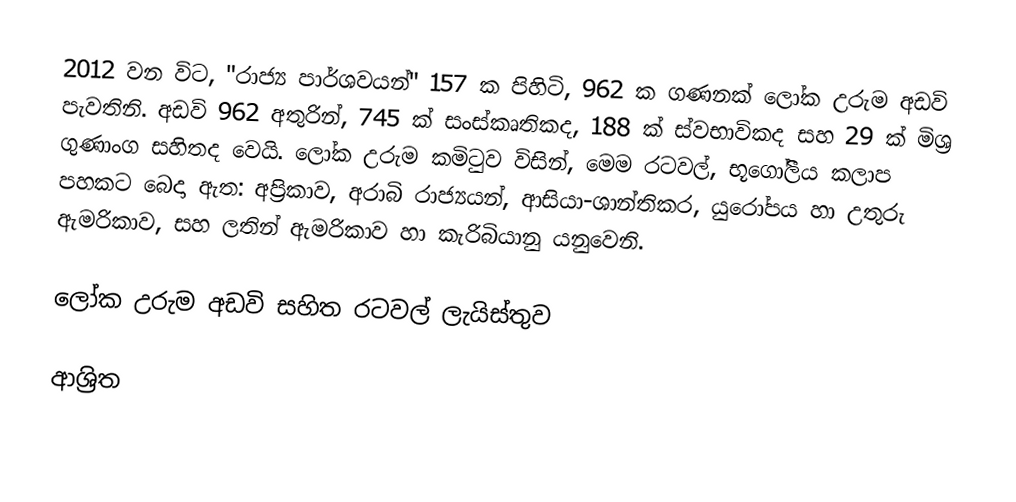
2012 වන විට, "රාජ්‍ය පාර්ශවයන්"  157 ක පිහිටි, 962 ක ගණනක් ලෝක උරුම අඩවි පැවතිනි.  අඩවි 962 අතුරින්, 745 ක් සංස්කෘතිකද, 188 ක් ස්වභාවිකද සහ 29 ක් මිශ්‍ර ගුණාංග සහිතද වෙයි. ලෝක උරුම කමිටුව විසින්, මෙම රටවල්, භූගෝලීය කලාප පහකට බෙදා ඇත: අප්‍රිකාව, අරාබි රාජ්‍යයන්, ආසියා-ශාන්තිකර, යුරෝපය හා උතුරු ඇමරිකාව, සහ ලතින් ඇමරිකාව හා කැරිබියානු යනුවෙනි.

ලෝක උරුම අඩවි සහිත රටවල් ලැයිස්තුව

ආශ්‍රිත